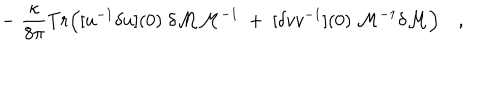
\qquad - \; { \frac { \kappa } { 8 \pi } } T r \Bigl ( [ u ^ { - 1 } \delta u ] ( 0 ) \; \delta { \cal M } { \cal M } ^ { - 1 } \; + \; [ \delta v v ^ { - 1 } ] ( 0 ) \; { \cal M } ^ { - 1 } \delta { \cal M } \Bigr ) \quad ,